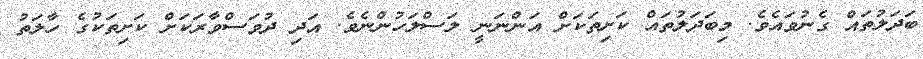
ބަދަލުތައް ގެނުވައެވެ. މިބަދަލުތައް ކަށިތަކަށް އަންނަނީ ލަސްލަހުންނެވެ. އަދި ދުވަސްވާރަކަށް ކަށިތަކުގެ ހާލަތު